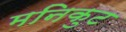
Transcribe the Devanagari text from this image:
मनिकुट